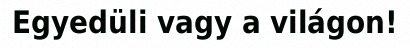
Egyedüli vagy a világon!